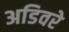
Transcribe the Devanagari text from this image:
अडिवरे